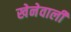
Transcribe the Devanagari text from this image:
खेनेवाली